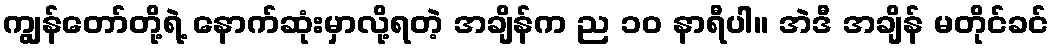
ကျွန်တော်တို့ရဲ့ နောက်ဆုံးမှာလို့ရတဲ့ အချိန်က ည ၁၀ နာရီပါ။ အဲဒီ အချိန် မတိုင်ခင်